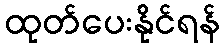
ထုတ်ပေးနိုင်ရန်